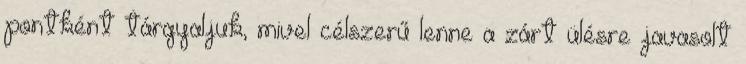
pontként tárgyaljuk, mivel célszerű lenne a zárt ülésre javasolt